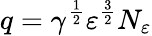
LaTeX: q=\gamma^{\frac 12}\varepsilon^{\frac 32}N_{\varepsilon}